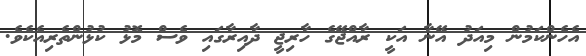
އެހެންކަމުން މިއަދު އޭނާ އަކީ ރާއްޖޭގެ ހާރިޖީ ދާއިރާގައި ވެސް މޮޅު ކުޅުންތެރިއެކެވެ.